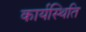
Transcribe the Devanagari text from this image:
कार्यस्थिति